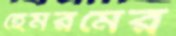
হেমরমের